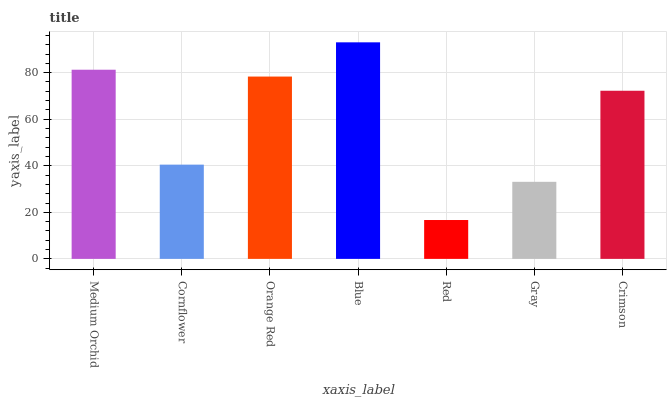
| xaxis_label | bars |
 | --- | --- |
 | Medium Orchid | 81.3 |
 | Cornflower | 40.5 |
 | Orange Red | 78.3 |
 | Blue | 93 |
 | Red | 16.7 |
 | Gray | 33.1 |
 | Crimson | 72.2 |